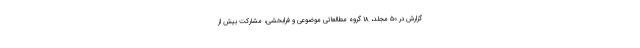
گزارش در ۵۰ مجلد، ۱۸ گروه مطالعاتی موضوعی و فرابخشی، مشارکت بیش از